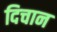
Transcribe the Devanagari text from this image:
दिचान